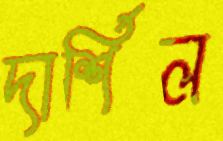
দার্শিল